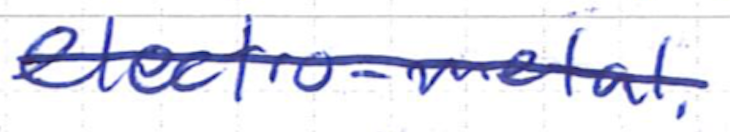
Text: electro-metal.
Cross-out: mix
Writing tool: ballpoint